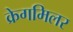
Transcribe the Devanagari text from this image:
क्रेगमिलर